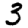
Digit: 3